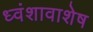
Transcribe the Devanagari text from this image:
ध्वंशावाशेष